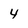
Character: 4